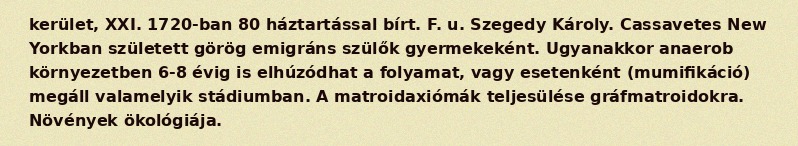
kerület, XXI. 1720-ban 80 háztartással bírt. F. u. Szegedy Károly. Cassavetes New Yorkban született görög emigráns szülők gyermekeként. Ugyanakkor anaerob környezetben 6-8 évig is elhúzódhat a folyamat, vagy esetenként (mumifikáció) megáll valamelyik stádiumban. A matroidaxiómák teljesülése gráfmatroidokra. Növények ökológiája.